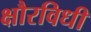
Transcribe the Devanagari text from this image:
क्षौरविधी